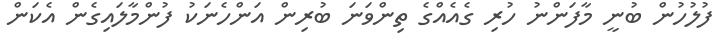
ފުލުހުން ބުނީ މާފަންނު ހުރި ގެއެއްގެ ތިންވަނަ ބުރިން އަންހެނަކު ފުންމާލައިގެން އެކަން